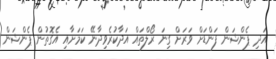
އަދި ޕެންޝަން ފަންޑަށް ވަރަށް ގިނަ ރޯލްތައް އަދާކުރެވިދާނޭ ކަމަށާއި އެގޮތުން ޕެންޝަން